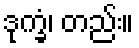
ဒုက္ခံ၊ တည်း။